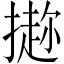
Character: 𪮭